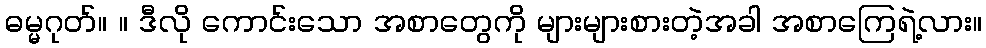
ဓမ္မဂုတ်။ ။ ဒီလို ကောင်းသော အစာတွေကို များများစားတဲ့အခါ အစာကြေရဲ့လား။